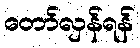
တော်လှန်ရန်